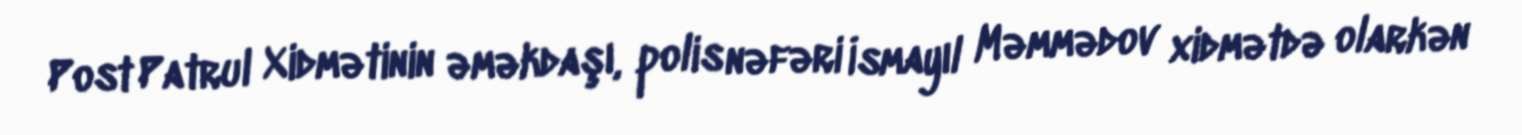
Post Patrul Xidmətinin əməkdaşı, polis nəfəri İsmayıl Məmmədov xidmətdə olarkən